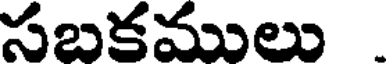
సబకములు .